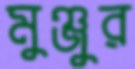
মুঞ্জুর